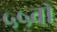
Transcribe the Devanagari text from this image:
५५वॉ